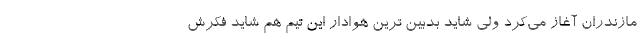
مازندران آغاز می‌کرد ولی شاید بدبین ترین هوادار این تیم هم شاید فکرش